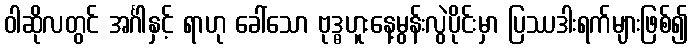
ဝါဆိုလတွင် အင်္ဂါနှင့် ရာဟု ခေါ်သော ဗုဒ္ဓဟူးနေ့မွန်းလွဲပိုင်းမှာ ပြဿဒါးရက်များဖြစ်၍